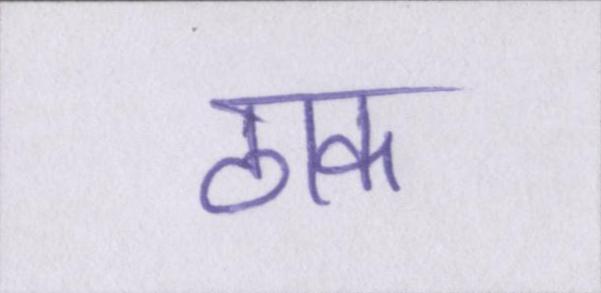
ठाक